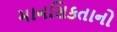
માનસિકતાનો